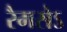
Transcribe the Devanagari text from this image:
रैमसेऽ